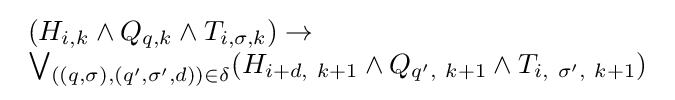
{\begin{array}{l}(H_{i,k}\land Q_{q,k}\land T_{i,\sigma ,k})\to \\\bigvee _{((q,\sigma ),(q',\sigma ',d))\in \delta }(H_{i+d,\ k+1}\land Q_{q',\ k+1}\land T_{i,\ \sigma ',\ k+1})\end{array}}